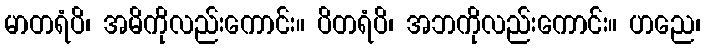
မာတရံပိ၊ အမိကိုလည်းကောင်း။ ပိတရံပိ၊ အဘကိုလည်းကောင်း။ ဟညေ၊